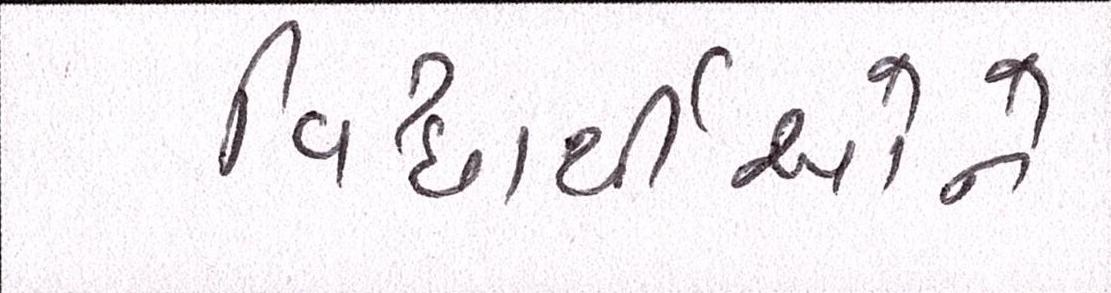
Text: વિધાર્થીઓને